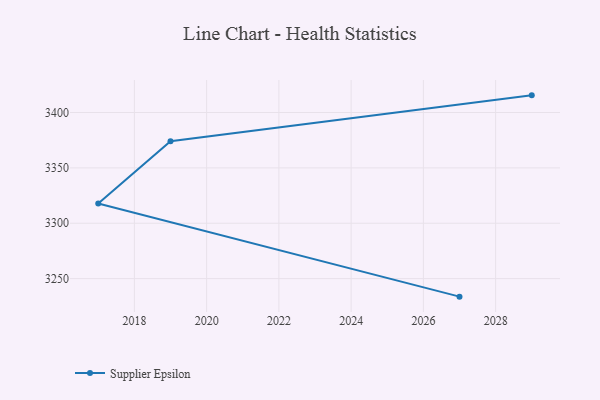
{"axis": {"x": "Year", "y": "Conversion Rate (%)"}, "legend": ["Supplier Epsilon"], "data": [{"x": "2029", "y": 3415.5, "type": "Supplier Epsilon"}, {"x": "2019", "y": 3374.0, "type": "Supplier Epsilon"}, {"x": "2017", "y": 3317.9, "type": "Supplier Epsilon"}, {"x": "2027", "y": 3233.7, "type": "Supplier Epsilon"}]}